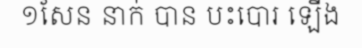
១សែន នាក់ បាន បះបោរ ឡើង